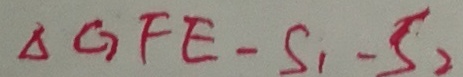
\Delta G F E - S _ { 1 } - S _ { 2 }